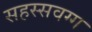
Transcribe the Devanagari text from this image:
सहस्सवग्ग